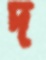
দ